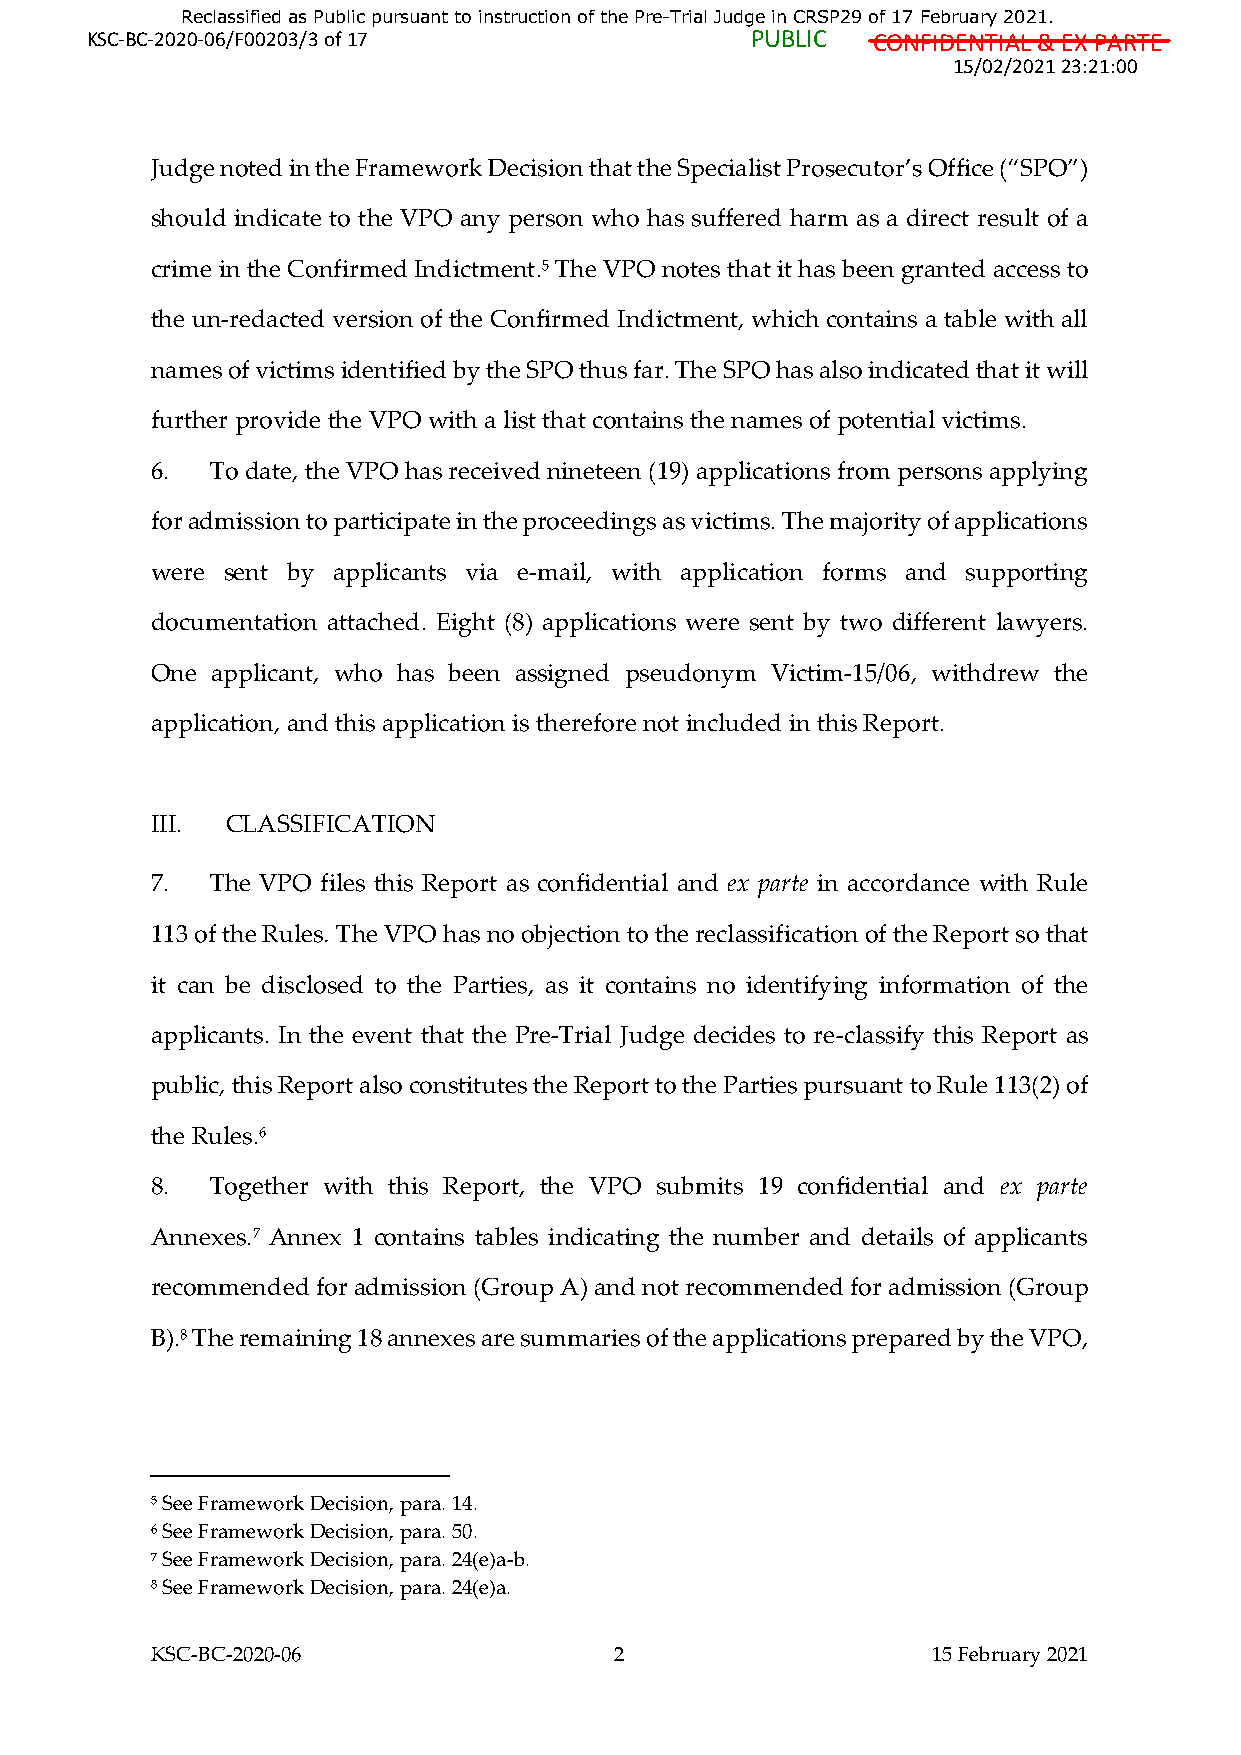
Reclassified as Public pursuant to instruction of the Pre-Trial Judge in CRSP29 of 17 February 2021.
 KSC-BC-2020-06/F00203/3 of 17               PUBLIC  CONFIDENTIAL & EX PARTE
 15/02/2021 23:21:00
 Judge noted in the Framework Decision that the Specialist Prosecutor’s Office (“SPO”)
 should indicate to the VPO any person who has suffered harm as a direct result of a
 crime in the Confirmed Indictment.5 The VPO notes that it has been granted access to
 the un-redacted version of the Confirmed Indictment, which contains a table with all
 names of victims identified by the SPO thus far. The SPO has also indicated that it will
 further provide the VPO with a list that contains the names of potential victims.
 6.  To date, the VPO has received nineteen (19) applications from persons applying
 for admission to participate in the proceedings as victims. The majority of applications
 were sent by applicants via e-mail, with application forms and supporting
 documentation attached. Eight (8) applications were sent by two different lawyers.
 One applicant, who has been assigned pseudonym Victim-15/06, withdrew the
 application, and this application is therefore not included in this Report.
 III. CLASSIFICATION
 7.  The VPO files this Report as confidential and ex parte in accordance with Rule
 113 of the Rules. The VPO has no objection to the reclassification of the Report so that
 it can be disclosed to the Parties, as it contains no identifying information of the
 applicants. In the event that the Pre-Trial Judge decides to re-classify this Report as
 public, this Report also constitutes the Report to the Parties pursuant to Rule 113(2) of
 the Rules.6
 8.  Together with this Report, the VPO submits 19 confidential and ex parte
 Annexes.7 Annex 1 contains tables indicating the number and details of applicants
 recommended for admission (Group A) and not recommended for admission (Group
 B).8 The remaining 18 annexes are summaries of the applications prepared by the VPO,
 5 See Framework Decision, para. 14.
 6 See Framework Decision, para. 50.
 7 See Framework Decision, para. 24(e)a-b.
 8 See Framework Decision, para. 24(e)a.
 KSC-BC-2020-06                 2                    15 February 2021